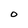
Character: O